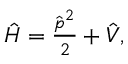
\begin{array} { r } { \hat { H } = \frac { \hat { \b { p } } ^ { 2 } } { 2 } + \hat { V } , } \end{array}